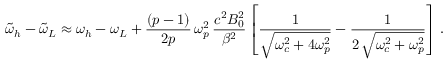
\widetilde { \omega } _ { h } - \widetilde { \omega } _ { L } \approx \omega _ { h } - \omega _ { L } + \frac { ( p - 1 ) } { 2 p } \, \omega _ { p } ^ { 2 } \, \frac { c ^ { 2 } B _ { 0 } ^ { 2 } } { \beta ^ { 2 } } \left[ \frac { 1 } { \sqrt { \omega _ { c } ^ { 2 } + 4 \omega _ { p } ^ { 2 } } } - \frac { 1 } { 2 \, \sqrt { \omega _ { c } ^ { 2 } + \omega _ { p } ^ { 2 } } } \right] \, .